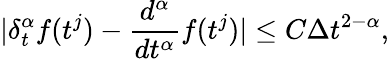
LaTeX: |\delta_{t}^{\alpha}f(t^{j})-\frac{d^{\alpha}}{dt^{\alpha}}f(t^{j})|\leq C\Delta t^{2-\alpha},